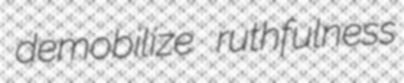
demobilize ruthfulness